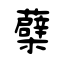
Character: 蘗